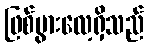
ဖြစ်ပွားလေ့ရှိသည်